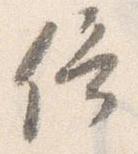
佇